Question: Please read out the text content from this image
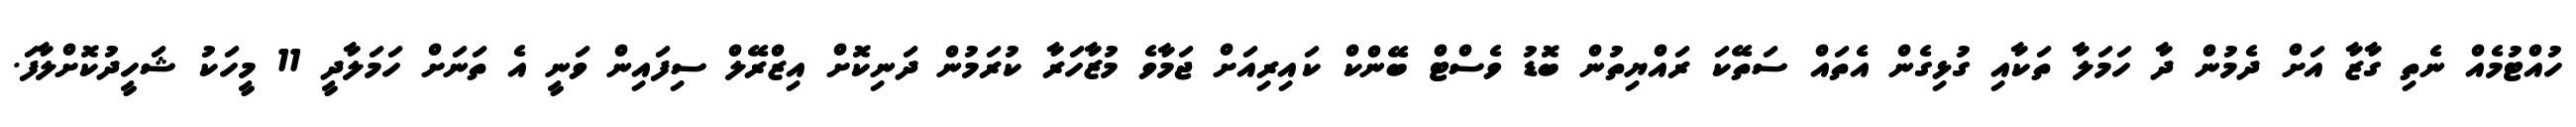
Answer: ހުއްޓުމެއް ނެތި ގާޒާ އަށް ދެމުން ދާ ހަމަލާ ތަކާއި ގުޅިގެން އެތައް ސަތޭކަ ރައްޔިތުން ބޮޑު ވެސްޓް ބޭންކް ކައިރިއަށް ޖަމާވެ މުޒާހަރާ ކުރަމުން ދަނިކޮށް އިޒްރޭލް ސިފައިން ވަނީ އެ ތަނަށް ހަމަލާދީ 11 މީހަކު ޝަހީދުކޮށްލާފަ.